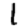
Digit: 1